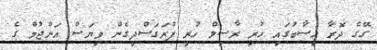
ގޭގެ ދޮރާ ހިސާބުގައި ހުރި ރާސިލް ހުރީ ފުރަގަސްދީގެން ވިޔަސް އަންޖުމް ގެ